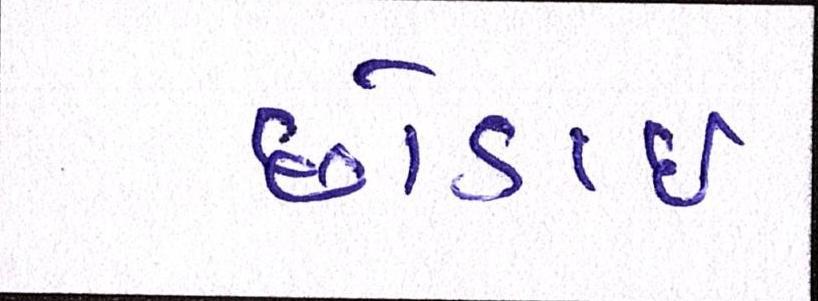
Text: છોડાઈ